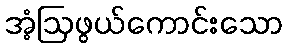
အံ့ဩဖွယ်ကောင်းသော